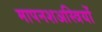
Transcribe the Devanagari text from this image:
मापनशअस्त्रियों